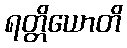
ရတ္တိယောတိ